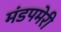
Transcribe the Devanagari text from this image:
मंडपमेरी